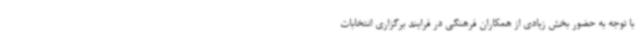
با توجه به حضور بخش زیادی از همکاران فرهنگی در فرایند برگزاری انتخابات